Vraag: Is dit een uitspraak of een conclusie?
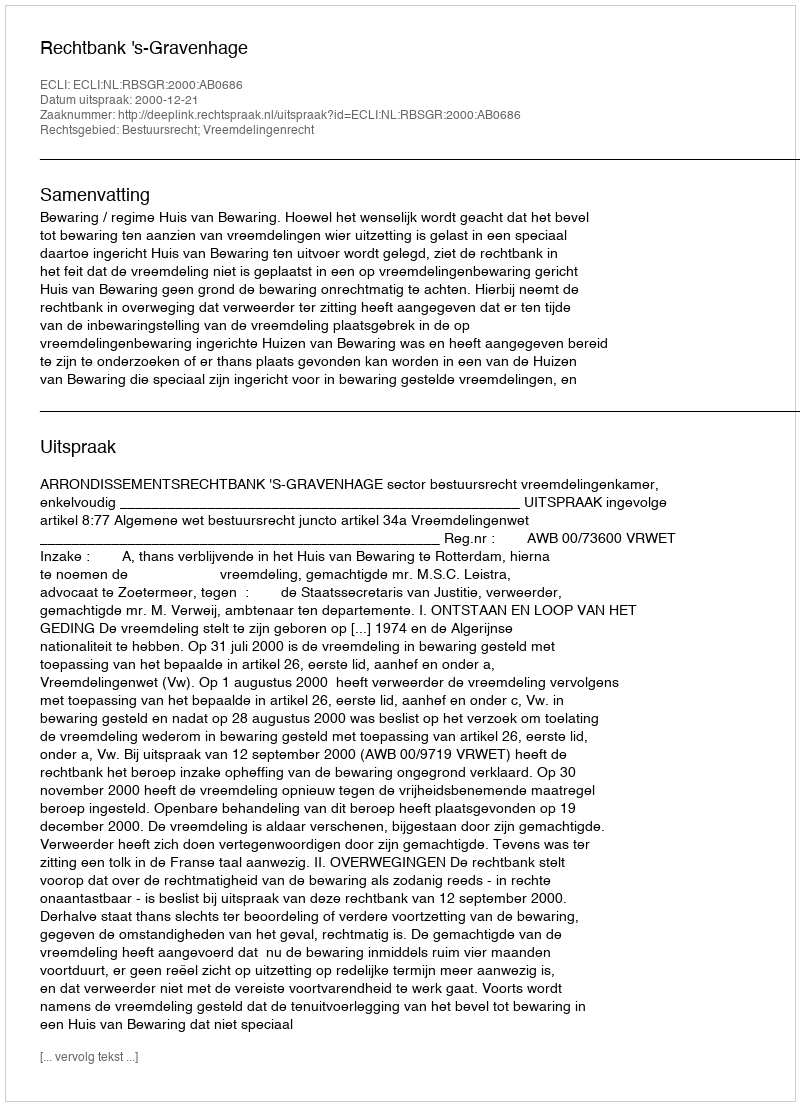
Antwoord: Uitspraak